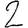
Digit: 2